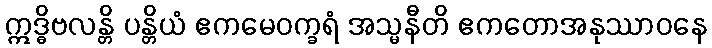
ဣဒ္ဓိဗလန္တိ ပန္တိယံ ဧကမေဝက္ခရံ အသ္မနီတိ ဧကတောအနုဿာဝနေ